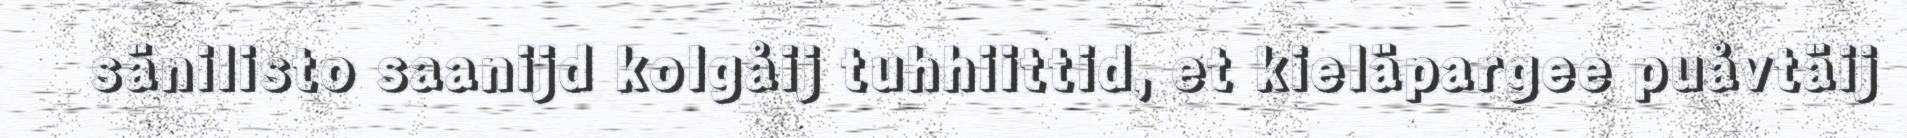
sänilisto saanijd kolgåij tuhhiittid, et kieläpargee puåvtäij